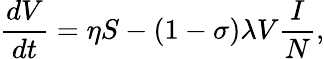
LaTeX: \frac{dV}{dt}=\eta S-(1-\sigma)\lambda V\frac{I}{N},